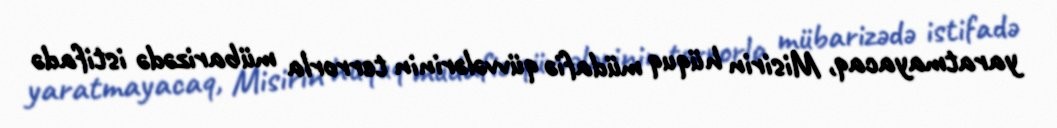
yaratmayacaq, Misirin hüquq müdafiə qüvvələrinin terrorla mübarizədə istifadə